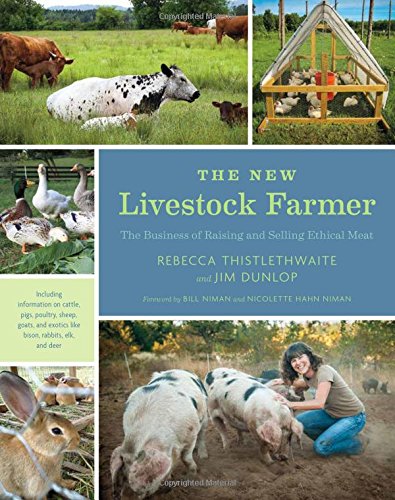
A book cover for The New Livestock Farmer: The Business of Raising and Selling Ethical Meat; Rebecca Thistlethwaite; Cookbooks, Food & Wine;